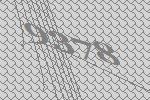
9378